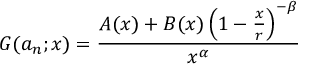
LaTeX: G ( a _ { n } ; x ) = { \frac { A ( x ) + B ( x ) \left( 1 - { \frac { x } { r } } \right) ^ { - \beta } } { x ^ { \alpha } } }